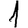
Digit: 1